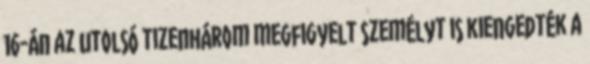
16-án az utolsó tizenhárom megfigyelt személyt is kiengedték a